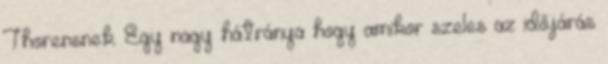
Thorensnek. Egy nagy hátránya hogy amikor szeles az időjárás